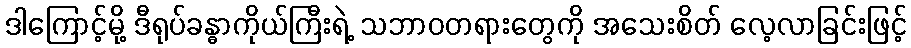
ဒါကြောင့်မို့ ဒီရုပ်ခန္ဓာကိုယ်ကြီးရဲ့ သဘာဝတရားတွေကို အသေးစိတ် လေ့လာခြင်းဖြင့်